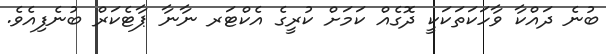
ބުނެ ދައްކާ ވާހަކަތަކަކީ ދޮގެއް ކަމަށް ކުރީގެ އެކްޓަރ ނާނާ ޕާޓެކަރް ބުނެފިއެވެ.